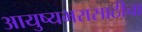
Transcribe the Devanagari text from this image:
आयुष्यभरासाठीचा